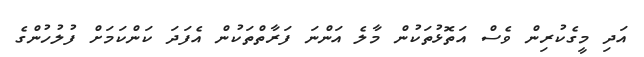
އަދި މީގެކުރިން ވެސް އަތޮޅުތަކުން މާލެ އަންނަ ފަރާތްތަކުން އެފަދަ ކަންކަމަށް ފުލުހުންގެ